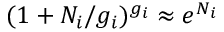
( 1 + N _ { i } / g _ { i } ) ^ { g _ { i } } \approx e ^ { N _ { i } }